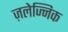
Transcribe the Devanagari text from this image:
ज़लेज्निक